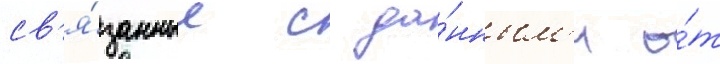
св'я́занные с да́нным'и о́т